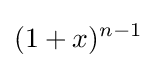
(1+x)^{n-1}